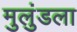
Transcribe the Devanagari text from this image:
मुलुंडला